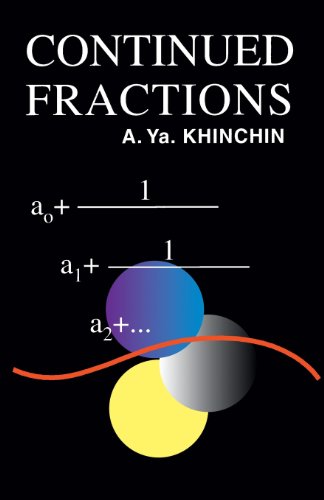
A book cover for Continued Fractions (Dover Books on Mathematics); A. Ya. Khinchin; Science & Math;